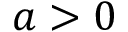
a > 0